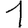
Digit: 1